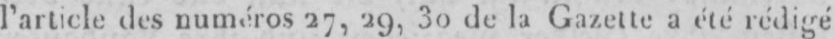
l’article des numéros 27, 29, 30 de la Gazette a été rédigé